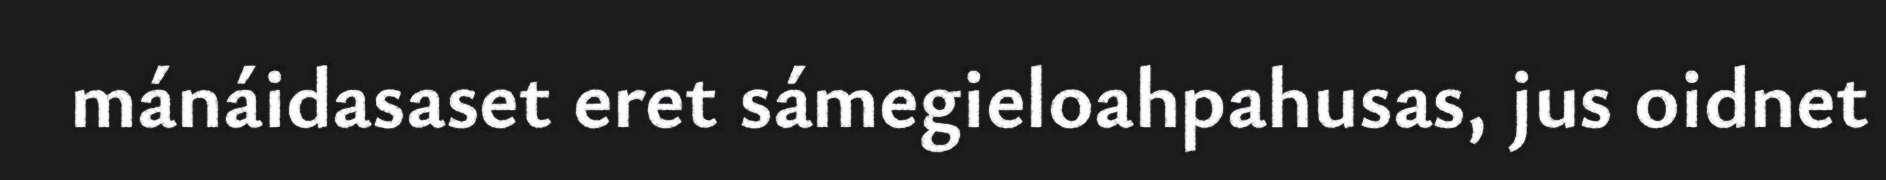
mánáidasaset eret sámegieloahpahusas, jus oidnet